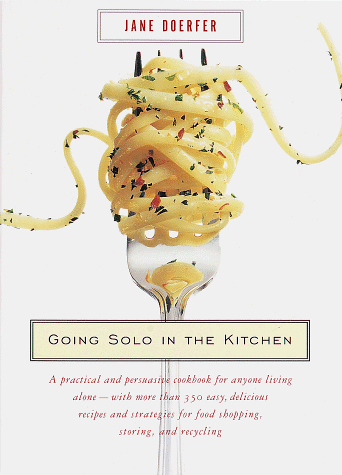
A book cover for Going Solo in the Kitchen; Jane Doerfer; Cookbooks, Food & Wine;